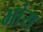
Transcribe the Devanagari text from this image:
भांस